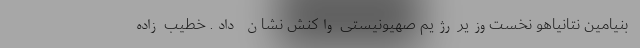
بنیامین نتانیاهو نخست‌وزیر رژیم صهیونیستی واکنش نشان داد. خطیب زاده